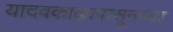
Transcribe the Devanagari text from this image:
यादवकाळापासूनच्या